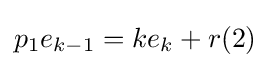
p_{1}e_{k-1}=ke_{k}+r(2)